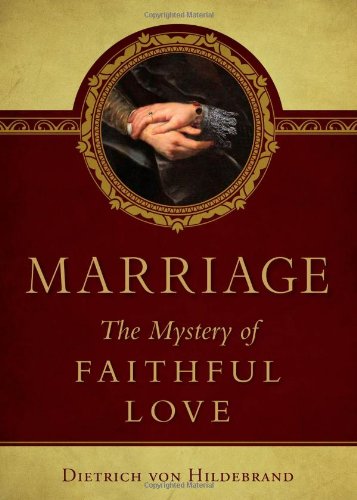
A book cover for Marriage: The Mystery of Faithful Love; Dietrich Von Hildebrand; Christian Books & Bibles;